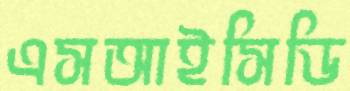
এসআইসিডি